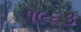
૧૯૬૩